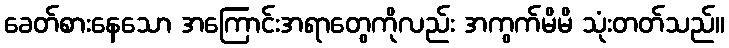
ခေတ်စားနေသော အကြောင်းအရာတွေကိုလည်း အကွက်မိမိ သုံးတတ်သည်။